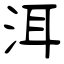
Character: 洱